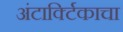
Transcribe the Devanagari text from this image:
अंटार्क्टिकाचा